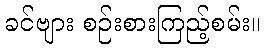
ခင်ဗျား စဉ်းစားကြည့်စမ်း။